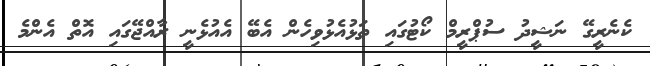
ކެނެރީގޭ ނަޝީދު ސުޕްރީމް ކޯޓުގައި ތަޅުއެޅުވިހެން އެބޭ އެއުޅެނީ ރާއްޖޭގައި އޮތް އެންމެ